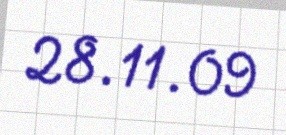
28.11.09